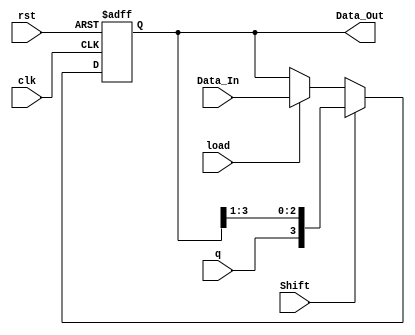
`timescale 1ns / 1ps
//////////////////////////////////////////////////////////////////////////////////
// Company: 
// Engineer: 
// 
// Design Name: 
// Module Name:    RegDesLQ 
// Project Name: 
// Target Devices: 
// Tool versions: 
// Description: 
//
// Dependencies: 
//
// Revision: 
// Revision 0.01 - File Created
// Additional Comments: 
//
//////////////////////////////////////////////////////////////////////////////////
module RegDesLQ(clk, rst, Shift, load, q, Data_In, Data_Out);
    input clk, rst, Shift, load, q;
    input [3:0] Data_In;
    output reg [3:0] Data_Out;

always @(posedge clk or posedge rst)
    if (rst)
        Data_Out = 4'b0000;
    else if(Shift)
        Data_Out = {q, Data_Out[3:1]};
    else if(load)
        Data_Out = Data_In;
    else
        Data_Out = Data_Out;

endmodule